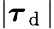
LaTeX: |\boldsymbol{\tau}_{\mathrm{~d~}}|